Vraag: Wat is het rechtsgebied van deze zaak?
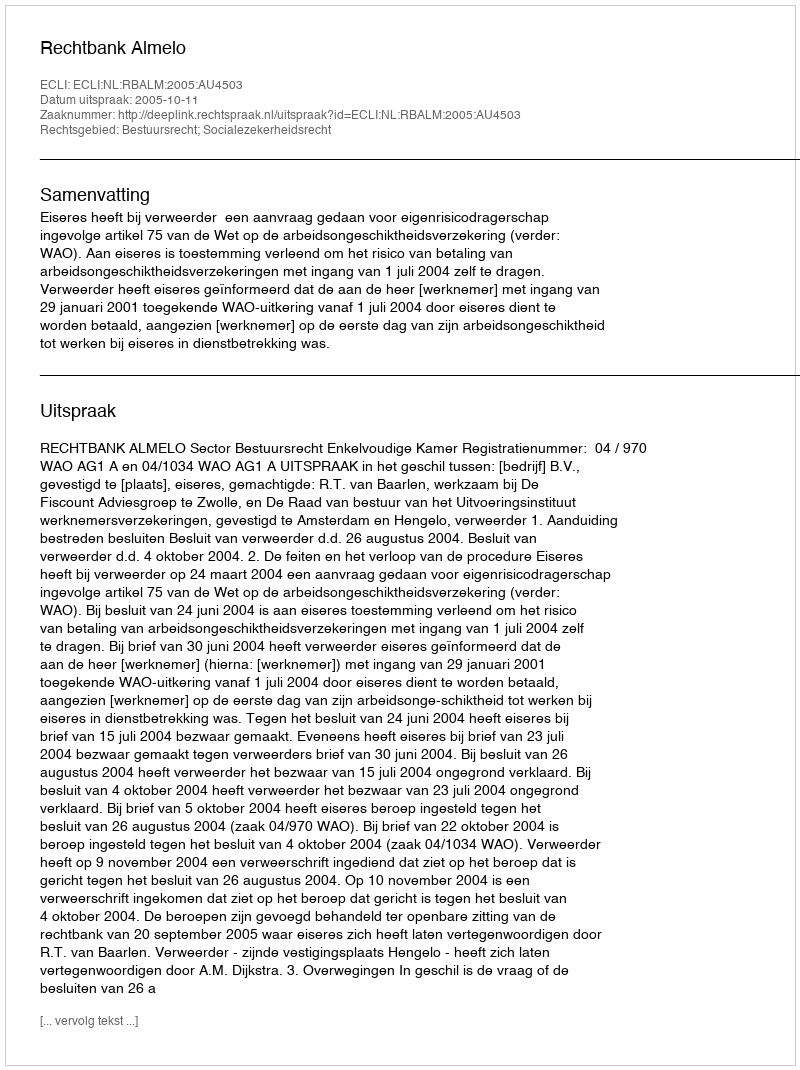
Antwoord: Bestuursrecht; Socialezekerheidsrecht